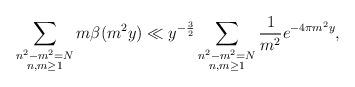
LaTeX: \begin{align*}\sum_{\substack{n^2-m^2=N \\ n,m\geq 1}} m\beta(m^2 y) \ll y^{-\frac32}\sum_{\substack{n^2-m^2=N \\ n,m\geq 1}} \frac{1}{m^2} e^{-4\pi m^2 y},\end{align*}